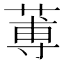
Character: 蒪